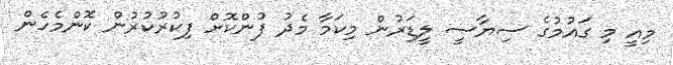
މިއީ މި ގައުމުގެ ސިޔާސީ ލީޑަރުން މިކަމާ މެދު ފުންކޮށް ފިކުރުކުރުން ކޮންމެހެން